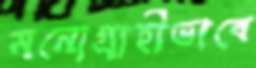
মনোগ্রাহীভাবে